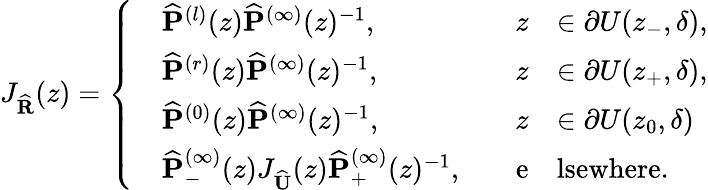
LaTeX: J_{\widehat{\mathbf{R}}}(z)=\left\{ \begin{array}{rlrl}&{\widehat{\mathbf{P}}^{(l)}(z)\widehat{\mathbf{P}}^{(\infty)}(z)^{-1},\quad}&{z}&{\in\partial U(z_{-},\delta),}\\ &{\widehat{\mathbf{P}}^{(r)}(z)\widehat{\mathbf{P}}^{(\infty)}(z)^{-1},\quad}&{z}&{\in\partial U(z_{+},\delta),}\\ &{\widehat{\mathbf{P}}^{(0)}(z)\widehat{\mathbf{P}}^{(\infty)}(z)^{-1},\quad}&{z}&{\in\partial U(z_{0},\delta)}\\ &{\widehat{\mathbf{P}}_{-}^{(\infty)}(z)J_{\widehat{\mathbf{U}}}(z)\widehat{\mathbf{P}}_{+}^{(\infty)}(z)^{-1},\quad}&{\mathrm{e}}&{\mathrm{lsewhere}.}\end{array}\right.